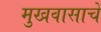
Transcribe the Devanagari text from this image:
मुखवासाचे